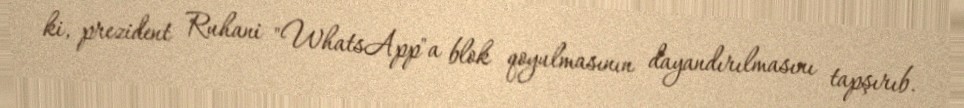
ki, prezident Ruhani "WhatsApp"a blok qoyulmasının dayandırılmasını tapşırıb.